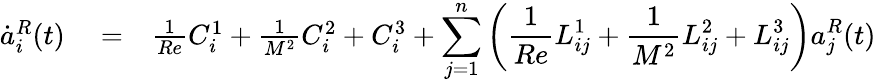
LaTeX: \begin{array}{rlr}{\dot{a}_{i}^{R}(t)}&{{}=}&{\frac{1}{Re}C_{i}^{1}+\frac{1}{M^{2}}C_{i}^{2}+C_{i}^{3}+\displaystyle\sum_{j=1}^{n}\left(\frac{1}{Re}L_{ij}^{1}+\frac{1}{M^{2}}L_{ij}^{2}+L_{ij}^{3}\right)a_{j}^{R}(t)}\end{array}